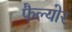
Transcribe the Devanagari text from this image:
फैल्योर